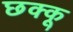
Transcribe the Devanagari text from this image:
छक्कू